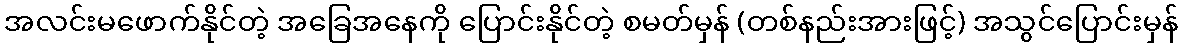
အလင်းမဖောက်နိုင်တဲ့ အခြေအနေကို ပြောင်းနိုင်တဲ့ စမတ်မှန် (တစ်နည်းအားဖြင့်) အသွင်ပြောင်းမှန်